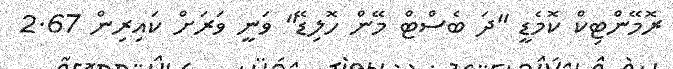
ރޮމޭންޓިކް ކޮމެޑީ "ދަ ބެސްޓް މޭން ހޮލިޑޭ" ވަނީ ވަރަށް ކައިރިން 2.67